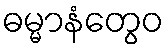
ဓမ္မာနံတွေဝ